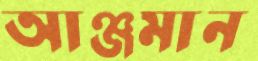
আঞ্জমান